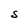
Character: S